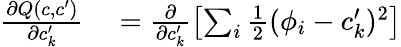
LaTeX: \begin{array}{rl}{\frac{\partial Q(c,c^{\prime})}{\partial c_{k}^{\prime}}}&{{}=\frac{\partial}{\partial c_{k}^{\prime}}\left[\sum_{i}\frac{1}{2}(\phi_{i}-c_{k}^{\prime})^{2}\right]}\end{array}